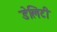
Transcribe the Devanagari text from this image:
डेलिटी